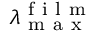
\lambda _ { \mathrm { ~ m ~ a ~ x ~ } } ^ { \mathrm { ~ f ~ i ~ l ~ m ~ } }